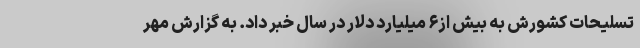
تسلیحات کشورش به بیش از۶ میلیارد دلار در سال خبر داد. به گزارش مهر